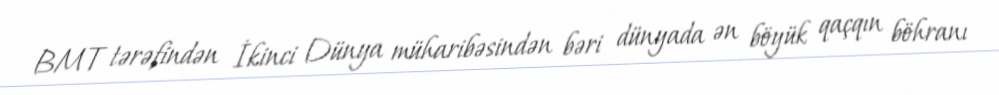
BMT tərəfindən İkinci Dünya müharibəsindən bəri dünyada ən böyük qaçqın böhranı